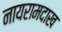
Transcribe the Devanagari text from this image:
नायरामदाख